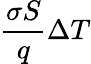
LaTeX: \frac{\sigma S}{q}\Delta T